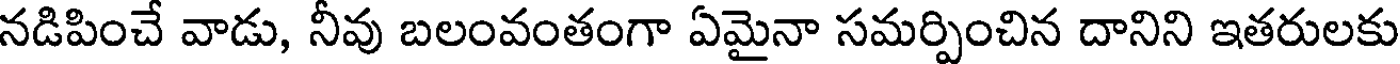
నడిపించే వాడు, నీవు బలంవంతంగా ఏమైనా సమర్పించిన దానిని ఇతరులకు